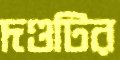
দণ্ডটির